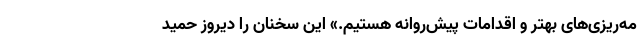
مه‌ریزی‌های بهتر و اقدامات پیش‌روانه هستیم.» این سخنان را دیروز حمید